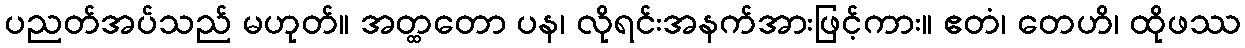
ပညတ်အပ်သည် မဟုတ်။ အတ္ထတော ပန၊ လိုရင်းအနက်အားဖြင့်ကား။ ဧတံ၊ တေဟိ၊ ထိုဖဿ